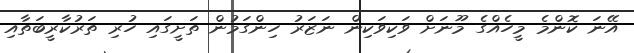
އޭނަ ކޮންމެ މީހެއްގެ މޫނަށް ވަކިވަކިން ނަޒަރު ހިންގަމުން ތަށީގައި ހުރި ތަރުކާރީބަތާއި